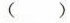
（ ）